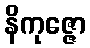
နိကုဇ္ဇော